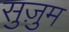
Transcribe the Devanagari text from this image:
सुज़ुम